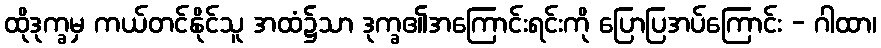
ထိုဒုက္ခမှ ကယ်တင်နိုင်သူ အထံ၌သာ ဒုက္ခ၏အကြောင်းရင်းကို ပြောပြအပ်ကြောင်း - ဂါထာ၊